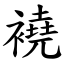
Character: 襓